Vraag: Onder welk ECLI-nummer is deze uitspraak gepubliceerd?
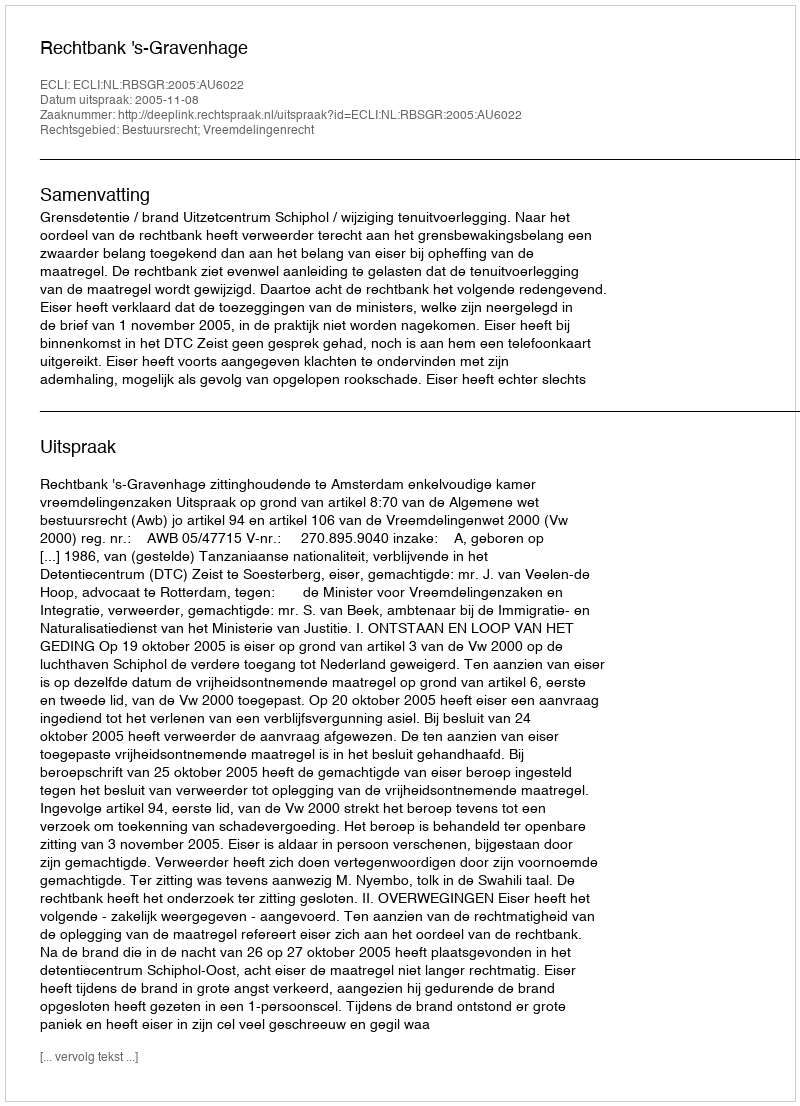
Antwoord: ECLI:NL:RBSGR:2005:AU6022